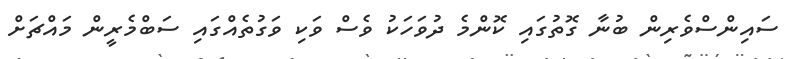
ސައިންސްވެރިން ބުނާ ގޮތުގައި ކޮންމެ ދުވަހަކު ވެސް ވަކި ވަގުތެއްގައި ސަބްމެރީން މައްޗަށް